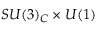
S U ( 3 ) _ { C } \times U ( 1 )